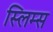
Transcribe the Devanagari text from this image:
स्लिम्स